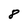
Character: 8